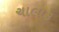
ચાલાક